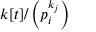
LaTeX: k [ t ] / \left( p _ { i } ^ { k _ { j } } \right)